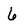
Character: 6